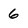
Character: 6